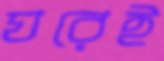
ঘরেই